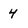
Character: 4